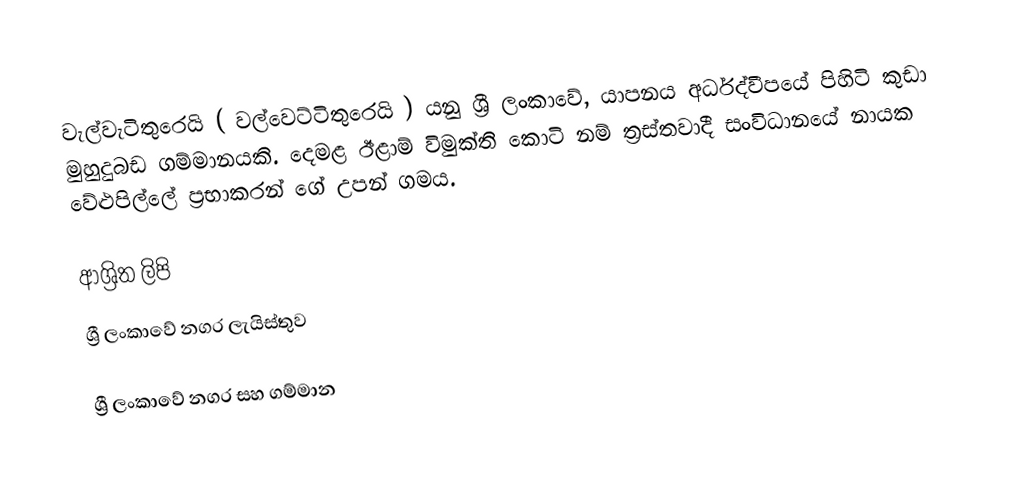
වැල්වැටිතුරෙයි ( වල්වෙට්ටිතුරෙයි )  යනු ශ්‍රී ලංකාවේ, යාපනය අර්ධද්වීපයේ පිහිටි කුඩා මුහුදුබඩ ගම්මානයකි. දෙමළ ඊළාම් විමුක්ති කොටි නම් ත්‍රස්තවාදී  සංවිධානයේ නායක වේළුපිල්ලේ ප‍්‍රභාකරන් ගේ උපන් ගමය.

ආශ්‍රිත ලිපි
ශ්‍රී ලංකාවේ නගර ලැයිස්තුව

ශ්‍රී ලංකාවේ නගර සහ ගම්මාන